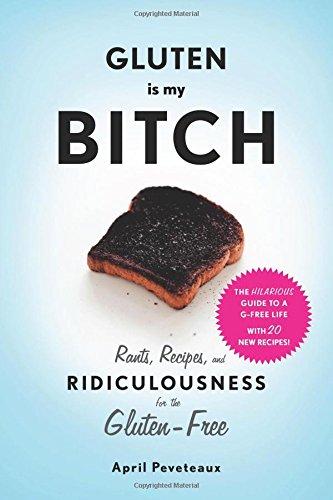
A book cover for Gluten Is My Bitch: Rants, Recipes, and Ridiculousness for the Gluten-Free; April Peveteaux; Cookbooks, Food & Wine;